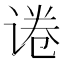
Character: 𬤃